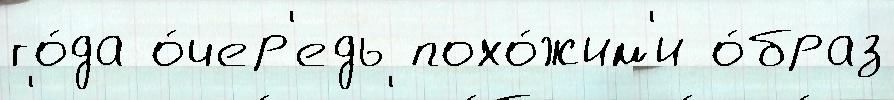
го́да о́чер'едь похо́жим'и о́браз